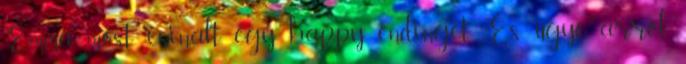
Emma most csinált egy happy endinget. És ugye arról